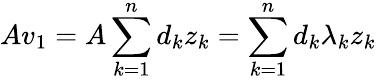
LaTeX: Av_{1}=A\sum_{k=1}^{n}d_{k}z_{k}=\sum_{k=1}^{n}d_{k}\lambda_{k}z_{k}